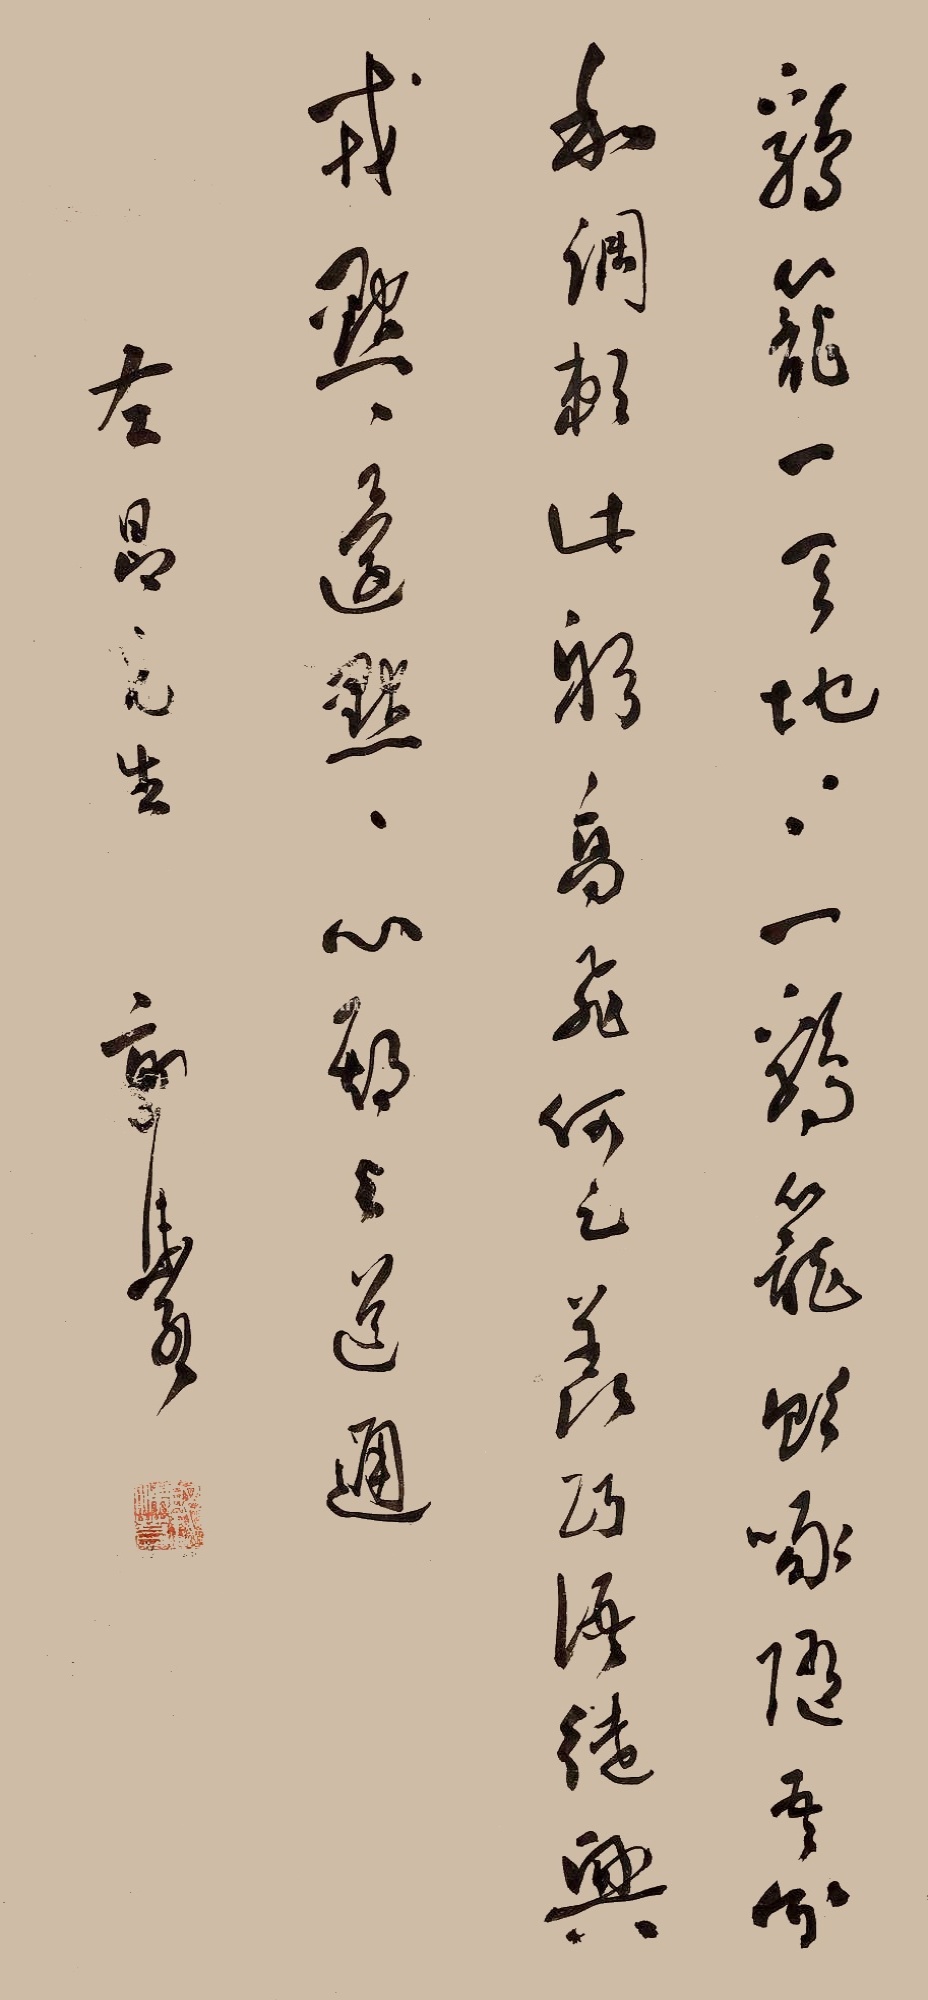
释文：鸡笼一天地，天地一鸡笼。饮啄随吾分，和调赖此躬。高飞何足羡，巧语徒兴戎。默默还默默，心期与道通。左昂先生。郭沫若。